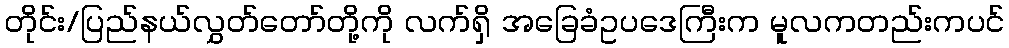
တိုင်း/ပြည်နယ်လွှတ်တော်တို့ကို လက်ရှိ အခြေခံဥပဒေကြီးက မူလကတည်းကပင်